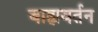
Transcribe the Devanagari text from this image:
बाह्यवर्तन